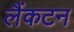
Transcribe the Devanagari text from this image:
लैंकटन